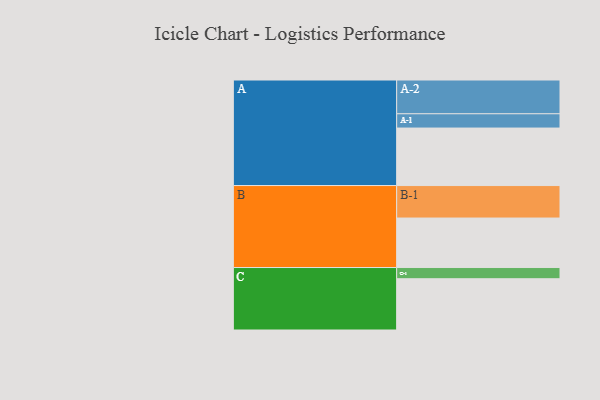
{"axis": {"x": "Segment", "y": "Value"}, "legend": ["", "A", "B", "C"], "data": [{"x": "A", "y": 395, "type": ""}, {"x": "B", "y": 340, "type": ""}, {"x": "C", "y": 352, "type": ""}, {"x": "A-1", "y": 98, "type": "A"}, {"x": "A-2", "y": 232, "type": "A"}, {"x": "B-1", "y": 223, "type": "B"}, {"x": "C-1", "y": 77, "type": "C"}]}